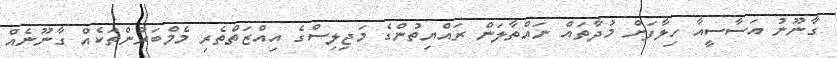
ގާނޫނު އަސާސީއާ ހިލާފަށް މުދާތައް ނައްތާލަން ރައްޔިތުންގެ މަޖިލިސްގެ އިއްޒަތްތެރި މެމްބަރުންތަކެއް ގާނޫނެއް